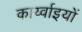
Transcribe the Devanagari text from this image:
कार्य्वाइयों